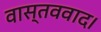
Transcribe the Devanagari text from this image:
वास्तववाद।